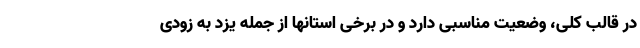
در قالب کلی، وضعیت مناسبی دارد و در برخی استانها از جمله یزد به زودی